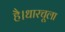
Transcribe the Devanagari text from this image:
है।धारचूला